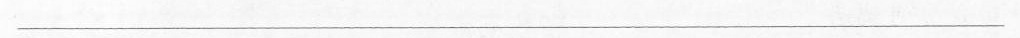
___